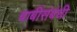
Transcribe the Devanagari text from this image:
बाबींसंबंधी